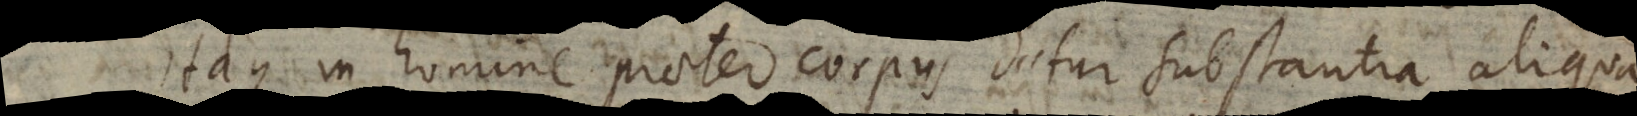
Itaque in homine praeter corpus datur substantia aliqua